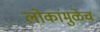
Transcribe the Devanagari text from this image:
लोकांमुळेच